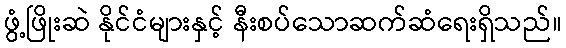
ဖွံ့ဖြိုးဆဲ နိုင်ငံများနှင့် နီးစပ်သောဆက်ဆံရေးရှိသည်။